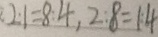
2 : 1 = 8 : 4 , 2 : 8 = 1 : 4